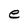
Character: e